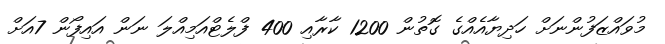
މުވައްޒަފުންނަށް ހަދިޔާއެއްގެ ގޮތުން 1200 ކާރާއި 400 ފްލެޓްއަމިއްލަ ނަން އައިފޯން 7އަށް